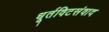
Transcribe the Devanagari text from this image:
धूर्तविटसंवाद